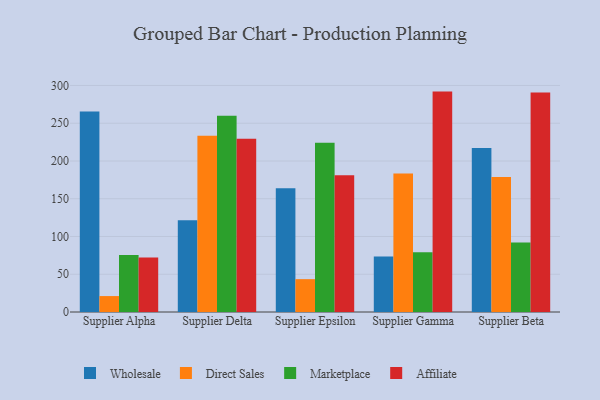
{"axis": {"x": "Supplier", "y": "Churn Rate (%)"}, "legend": ["Affiliate", "Direct Sales", "Marketplace", "Wholesale"], "data": [{"x": "Supplier Alpha", "y": 265.5, "type": "Wholesale"}, {"x": "Supplier Alpha", "y": 21.1, "type": "Direct Sales"}, {"x": "Supplier Alpha", "y": 75.6, "type": "Marketplace"}, {"x": "Supplier Alpha", "y": 72.1, "type": "Affiliate"}, {"x": "Supplier Delta", "y": 121.6, "type": "Wholesale"}, {"x": "Supplier Delta", "y": 233.5, "type": "Direct Sales"}, {"x": "Supplier Delta", "y": 260.0, "type": "Marketplace"}, {"x": "Supplier Delta", "y": 229.3, "type": "Affiliate"}, {"x": "Supplier Epsilon", "y": 163.9, "type": "Wholesale"}, {"x": "Supplier Epsilon", "y": 43.5, "type": "Direct Sales"}, {"x": "Supplier Epsilon", "y": 224.2, "type": "Marketplace"}, {"x": "Supplier Epsilon", "y": 181.2, "type": "Affiliate"}, {"x": "Supplier Gamma", "y": 73.5, "type": "Wholesale"}, {"x": "Supplier Gamma", "y": 183.4, "type": "Direct Sales"}, {"x": "Supplier Gamma", "y": 79.1, "type": "Marketplace"}, {"x": "Supplier Gamma", "y": 291.9, "type": "Affiliate"}, {"x": "Supplier Beta", "y": 217.1, "type": "Wholesale"}, {"x": "Supplier Beta", "y": 178.8, "type": "Direct Sales"}, {"x": "Supplier Beta", "y": 92.0, "type": "Marketplace"}, {"x": "Supplier Beta", "y": 290.6, "type": "Affiliate"}]}